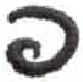
אות: פ